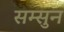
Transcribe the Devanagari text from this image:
सम्सुन